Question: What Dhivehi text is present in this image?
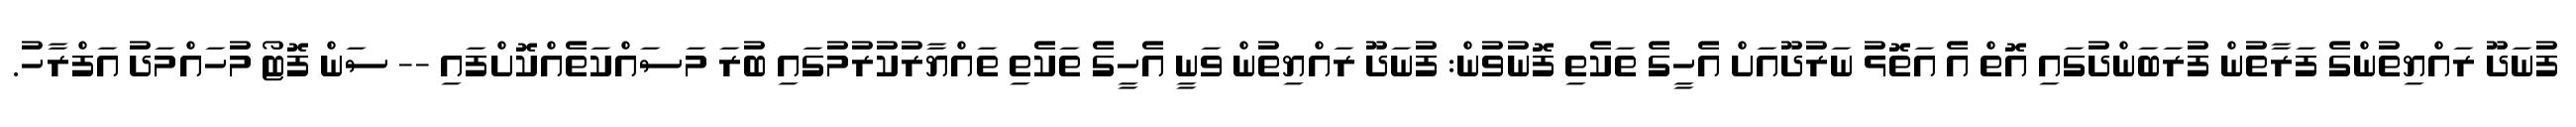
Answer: ފުނަދޫ ރައްޔިތުންގެ ފަރާތުން ފުރަބަންދުގައި އޮތް އެ އަތޮޅު ނަރުދޫއަށް އެހީގެ ތަކެތި ފޮނުވުން: ފުނަދޫ ރައްޔިތުން ވަނީ އެހީގެ ތަކެތި ތައްޔާރުކުރުމުގައި ބުރަ މަސައްކަތެއްކޮށްފައި -- ސަން ފޮޓޯ މުހައްމަދު އަފްރާހު.